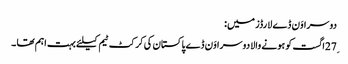
دوسرا وَن ڈے لارڈز میں:
27ِاگست کو ہونے والا دوسرا وَن ڈے پاکستان کی کرکٹ ٹیم کیلئے بہت اہم تھا ۔